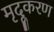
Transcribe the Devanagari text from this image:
मृदूकरण